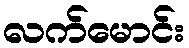
လက်မောင်း